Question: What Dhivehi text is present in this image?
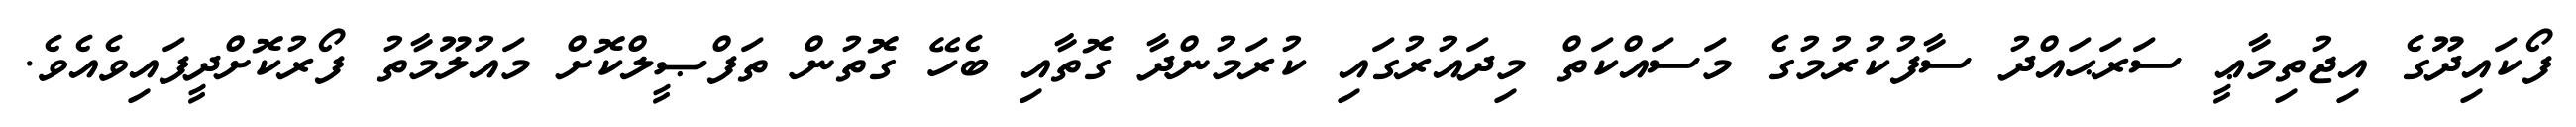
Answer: ފޯކައިދޫގެ އިޖުތިމާޢީ ސަރަޙައްދު ސާފުކުރުމުގެ މަސައްކަތް މިދައުރުގައި ކުރަމުންދާ ގޮތާއި ބެހޭ ގޮތުން ތަފްޞީލްކޮށް މައުލޫމާތު ފޯރުކޮށްދީފައިވެއެވެ.